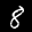
Label: 8